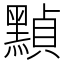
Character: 𪑳